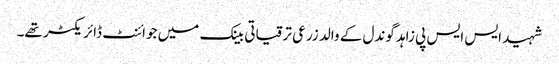
شہید ایس ایس پی زاہد گوندل کے والد زرعی ترقیاتی بینک میں جوائنٹ ڈائریکٹر تھے۔